Lunatic asylums Punjab 1911-1921 - 1911-1921
Year: 1911
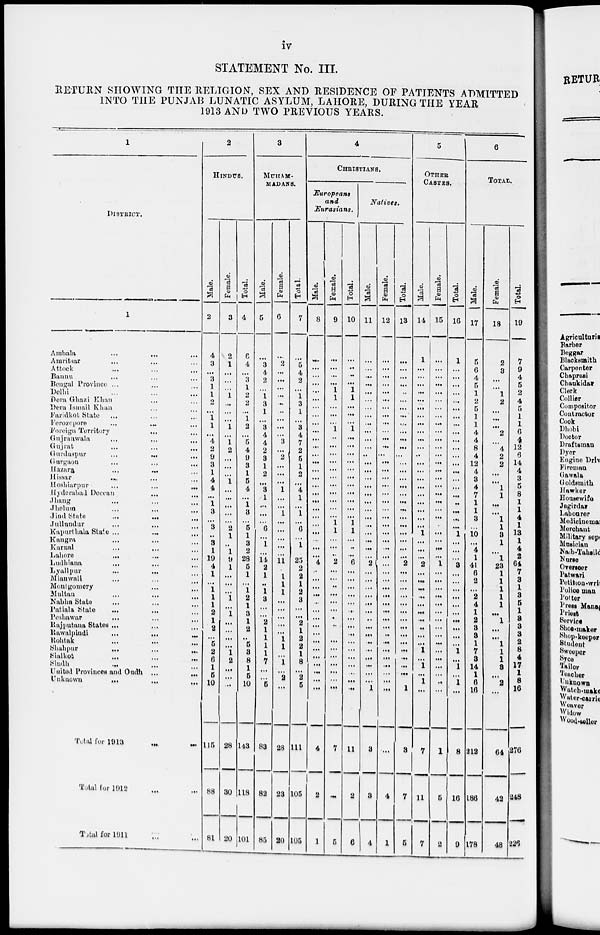
iv
STATEMENT No. III.
RETURN SHOWING THE RELIGION, SEX AND RESIDENCE OF PATIENTS ADMITTED
INTO THE PUNJAB LUNATIC ASYLUM, LAHORE, DURING THE YEAR
1913 AND TWO PREVIOUS YEARS.
1
DISTRICT.
1
Ambala
...
...
...
Amritsar ... ... ...
Attock
...
...
...
Bannu ... ... ...
Bengal Province ... ... ...
Delhi ... ... ...
Dera Ghazi Khan ... ...
Dera Ismail Khan ... ...
Faridkot Statu ...
...
...
Ferozopore
...
...
...
Foreign Territory ... ...
Gujranwala
...
...
...
Gujrat
...
...
...
Gurdaspur
...
...
...
Gurgaon
...
...
...
Hazara
...
...
...
Hissar
... ... ...
Hoshiarpur
...
...
...
Hyderabad Deccan
...
...
Jhang
...
...
...
Jhelum
...
...
...
Jind State
...
...
...
Jullundur
...
...
...
Kapurthala State ...
...
...
Kangra ... ... ...
Karnal ... ... ...
Lahore
...
...
...
Ludhiana
...
...
...
Lyallpur
...
...
...
Mianwali
...
...
...
Montgomery
...
...
Multan
...
...
...
Nabha State ... ... ...
Patiala State
...
...
...
Peshawar
... ... ...
Rajputana States ... ... ...
Rawalpindi
...
...
...
Rohtak
...
...
...
Shahpur
...
...
...
Sialkot
...
...
...
Sindh
...
...
...
United Provinces and Oudh ...
...
Unknown
... ... ...
Total for 1913
...
...
Total for 1912 ... ...
Total for 1911 ... ...
2
HINDUS.
Male.
2
4
3
...
3
1
1
2
...
1
1
...
4
2
9
3
1
4
4
...
1
3
...
3
...
3
1
19
4
1
...
1
1
1
2
1
2
...
5
2
6
1
5
10
115
88
81
Female.
3
2
1
...
...
...
1
...
...
...
1
...
1
2
...
...
...
1
...
...
...
...
...
2
1
...
1
9
1
...
...
...
1
...
1
...
...
...
...
1
2
...
...
...
28
30
20
Total.
4
6
4
...
3
1
2
2
...
1
2
...
5
4
9
3
1
5
4
...
1
3
...
5
1
3
2
28
5
1
...
1
2
1
3
1
2
...
5
3
8
1
5
10
143
118
101
3
MUHAM-
MADANS.
Male.
5
...
3
4
2
...
1
3
1
...
3
4
4
2
3
1
2
...
3
1
...
...
...
6
...
1
...
14
2
1
...
1
3
...
...
2
1
1
1
1
7
...
...
5
83
82
85
Female.
6
...
2
...
...
...
...
...
...
...
...
...
3
...
2
...
...
...
1
...
...
1
...
...
...
...
...
11
...
1
1
1
...
...
...
...
...
1
1
...
1
...
2
...
28
23
20
Total.
7
...
5
4
2
...
1
3
1
...
3
4
7
2
5
1
2
...
4
1
...
1
...
6
...
1
...
25
2
2
1
2
3
...
...
2
1
2
2
1
8
...
2
5
111
105
105
4
CHRISTIANS.
Europeans
and
Eurasians.
Male.
8
...
...
...
...
...
...
...
...
...
...
...
...
...
...
...
...
...
...
...
...
...
...
...
...
...
...
4
...
...
...
...
...
...
...
...
...
...
...
...
...
...
...
...
4
2
1
Female.
9
...
...
...
...
1
1
...
...
...
1
...
...
...
...
...
...
...
...
...
...
...
1
1
...
...
...
2
...
...
...
...
...
...
...
...
...
...
...
...
...
...
...
...
7
...
5
Total.
10
...
...
...
...
1
1
...
...
...
1
...
...
...
...
...
...
...
...
...
...
...
1
1
...
...
...
6
...
...
...
...
...
...
...
...
...
...
...
...
...
...
...
...
11
2
6
Natives.
Male.
11
...
...
...
...
...
...
...
...
...
...
...
...
...
...
...
...
...
...
...
...
...
...
...
...
...
...
2
...
...
...
...
...
...
...
...
...
...
...
...
...
...
...
1
3
3
4
Female.
12
...
...
...
...
...
...
...
...
...
...
...
...
...
...
...
...
...
...
...
...
...
...
...
...
...
...
...
...
...
...
...
...
...
...
...
...
...
...
...
...
...
...
...
...
4
1
Total.
13
...
...
...
...
...
...
...
...
...
...
...
...
...
...
...
...
...
...
...
...
...
...
...
...
...
...
2
...
...
...
...
...
...
...
...
...
...
...
...
...
...
...
1
3
7
5
5
OTHER
CASTES.
Male.
14
1
...
...
...
...
...
...
...
...
...
...
...
...
...
...
...
...
...
...
...
...
...
1
...
...
...
2
...
...
...
...
...
...
...
...
...
...
1
...
1
...
1
...
7
11
7
Female.
15
...
...
...
...
...
...
...
...
...
...
...
...
...
...
...
...
...
...
...
...
...
...
...
...
...
...
1
...
...
...
...
...
...
...
...
... ...
...
...
...
...
...
...
1
5
2
Total.
16
1
...
...
...
...
...
...
...
...
...
...
...
...
...
...
...
...
...
...
...
...
...
1
...
...
...
3
...
...
...
...
...
...
...
...
...
...
1
...
1
...
1
...
8
16
9
6
TOTAL.
Male.
17
5
6
4
5
1
2
5
1
1
4
4
8
4
12
4
3
4
7
1
1
3
...
10
...
4
1
41
6
2
...
2
4
1
2
3
3
1
7
3
14
1
6
16
212
186
178
Female.
18
2
3
...
...
1
2
...
...
...
2
...
4
2
2
...
...
1
1
...
...
1
1
3
1
...
1
23
1
1
1
1
1
...
1
...
...
1
1
1
3
...
2
...
64
42
48
Total.
19
7
9
4
5
2
4
5
1
1
6
4
12
6
14
4
3
5
8
1
1
4
1
13
1
4
2
64
7
3
1
3
5
1
3
3
3
2
8
4
17
1
8
16
276
248
226